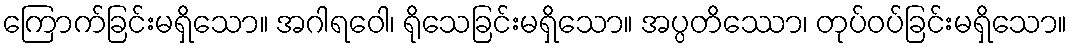
ကြောက်ခြင်းမရှိသော။ အဂါရဝေါ၊ ရိုသေခြင်းမရှိသော။ အပ္ပတိဿော၊ တုပ်ဝပ်ခြင်းမရှိသော။